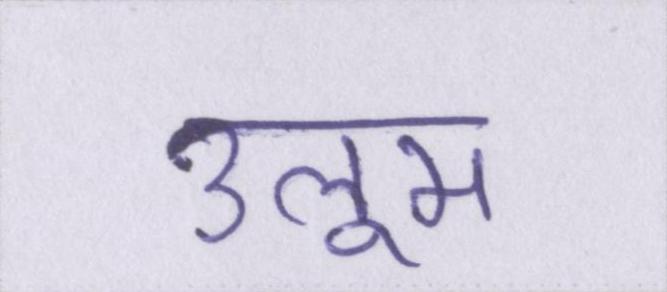
उलूम